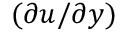
( \partial u / \partial y )